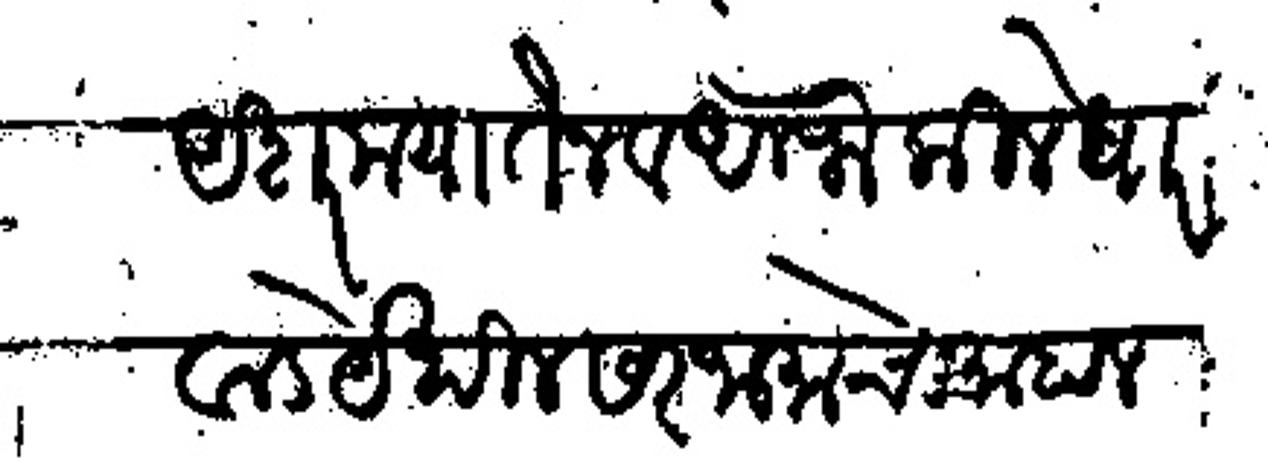
Transliteration (Devanagari): अशर मया तैन अलफै कीले धारवाडं येथील सरजामाचे माहाल